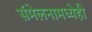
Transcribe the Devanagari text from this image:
संमेलनामध्येही